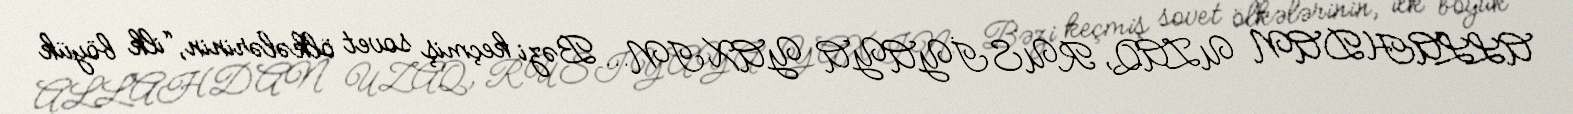
ALLAHDAN UZAQ, RUSİYAYA YAXIN... Bəzi keçmiş sovet ölkələrinin, “ilk böyük